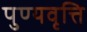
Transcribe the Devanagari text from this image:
पुण्यवृत्ति